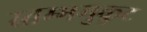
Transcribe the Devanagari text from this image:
स्तम्भमुकुट